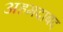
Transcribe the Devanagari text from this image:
अहमदाबद